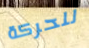
للحركة